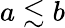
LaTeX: a\lesssim b